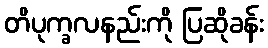
တိပုက္ခလနည်းကို ပြဆိုခန်း